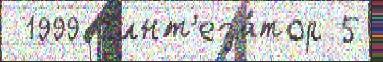
 1999 с'инт'еза́тор 5